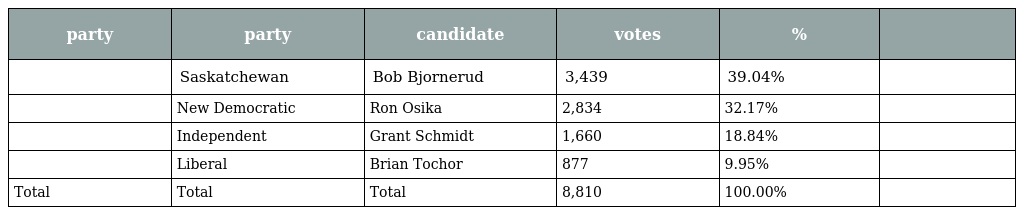
| party | party | candidate | votes | % |  |
 | --- | --- | --- | --- | --- | --- |
 |  | Saskatchewan | Bob Bjornerud | 3,439 | 39.04% |  |
 |  | New Democratic | Ron Osika | 2,834 | 32.17% |  |
 |  | Independent | Grant Schmidt | 1,660 | 18.84% |  |
 |  | Liberal | Brian Tochor | 877 | 9.95% |  |
 | Total | Total | Total | 8,810 | 100.00% |  |